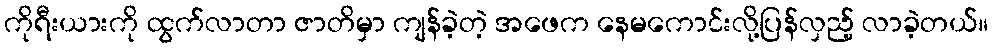
ကိုရီးယားကို ထွက်လာတာ ဇာတိမှာ ကျန်ခဲ့တဲ့ အဖေက နေမကောင်းလို့ပြန်လှည့် လာခဲ့တယ်။